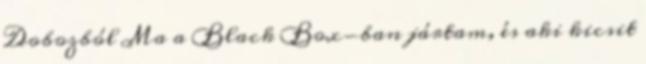
Dobozból Ma a Black Box-ban jártam, és aki kicsit